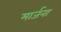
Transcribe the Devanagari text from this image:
मार्जना